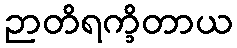
ဉာတိရက္ခိတာယ